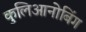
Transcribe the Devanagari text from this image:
कुलिआनोबिंग